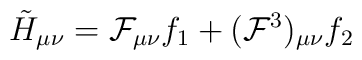
\tilde{H}_{\mu\nu} = {\cal F}_{\mu\nu} f_1 + ({\cal F}^3)_{\mu\nu} f_2